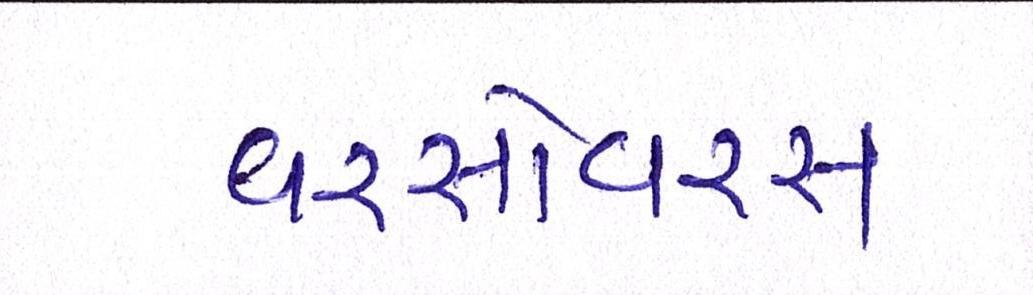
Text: વરસોવરસ